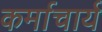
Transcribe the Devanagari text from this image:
कर्माचार्य